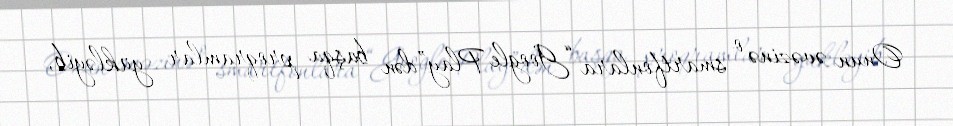
Onun əvəzinə o smartfonlara “Google Play”dən başqa proqramlar yükləyib,